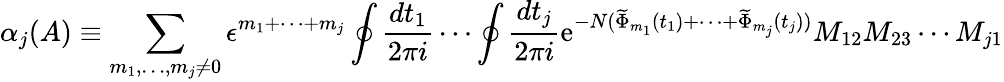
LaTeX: \alpha_{j}(A)\equiv\sum_{m_{1},\ldots,m_{j}\neq 0}\epsilon^{m_{1}+\cdots+m_{j}}\oint\frac{dt_{1}}{2\pi i}\cdots\oint\frac{dt_{j}}{2\pi i}\mathrm{e}^{-N(\widetilde{\Phi}_{m_{1}}(t_{1})+\cdots+\widetilde{\Phi}_{m_{j}}(t_{j}))}M_{12}M_{23}\cdots M_{j1}